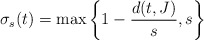
\begin{align*}\sigma_s(t) = \max \bigg\{ 1-\frac{d(t,J)}{s} , s \bigg\}\end{align*}